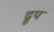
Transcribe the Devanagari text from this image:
द्रूप